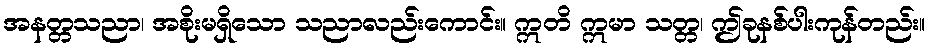
အနတ္တသညာ၊ အစိုးမရှိသော သညာလည်းကောင်း။ ဣတိ ဣမာ သတ္တ၊ ဤခုနစ်ပါးကုန်တည်း။